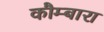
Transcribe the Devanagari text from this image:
कौम्बारा